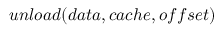
u n l o a d ( d a t a , c a c h e , o f f s e t )